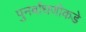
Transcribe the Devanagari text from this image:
पुनर्बांधणीकडे